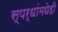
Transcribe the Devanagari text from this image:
स्पर्धांमधेही